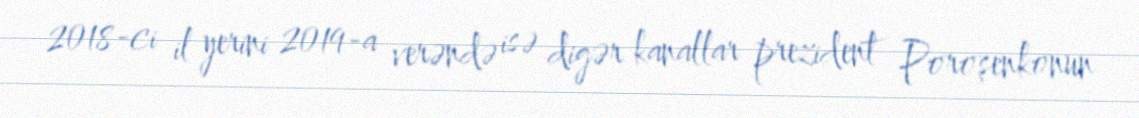
2018-ci il yerini 2019-a verəndə isə digər kanallar prezident Poroşenkonun